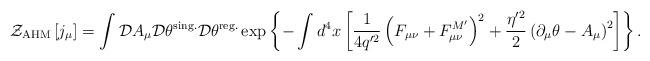
LaTeX: \begin{align*}{\cal Z}_{\rm AHM}\left[j_\mu\right]=\int {\cal D}A_\mu {\cal D}\theta^{\rm sing.}{\cal D}\theta^{\rm reg.}\exp\left\{-\int d^4x\left[\frac{1}{4q'^2}\left(F_{\mu\nu}+F_{\mu\nu}^{M'}\right)^2+\frac{\eta'^2}{2}\left(\partial_\mu\theta-A_\mu\right)^2\right]\right\}.\end{align*}